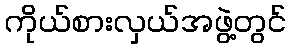
ကိုယ်စားလှယ်အဖွဲ့တွင်